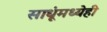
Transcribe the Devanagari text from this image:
साधूंमध्येही